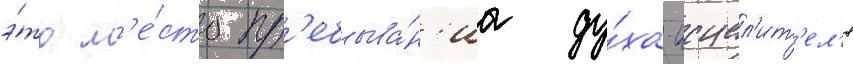
э́то м'е́сто пр'ебыва́н'иа ду́ха-исцел'ит'ел'я